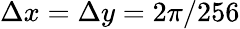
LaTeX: \Delta x=\Delta y=2\pi/256